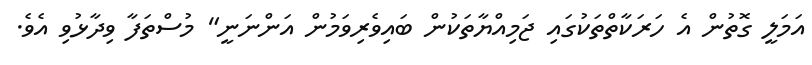
އަމަލީ ގޮތުން އެ ހަރަކާތްތަކުގައި ޖަމިއްޔާތަކުން ބައިވެރިވަމުން އަންނަނީ" މުސްތަފާ ވިދާޅުވި އެވެ.